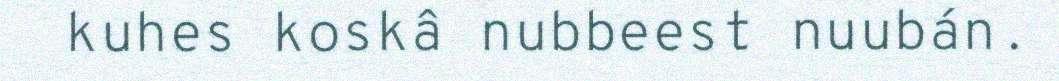
kuhes koskâ nubbeest nuubán.